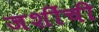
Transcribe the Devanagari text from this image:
जशींची